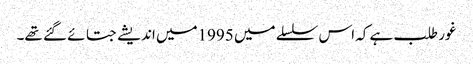
غور طلب ہے کہ اس سلسلے میں 1995میں اندیشے جتائے گئے تھے۔